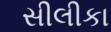
સીલીકા